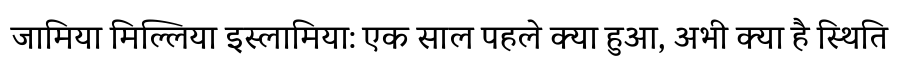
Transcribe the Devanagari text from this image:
जामिया मिल्लिया इस्लामिया: एक साल पहले क्या हुआ, अभी क्या है स्थिति